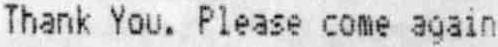
THANK YOU. PLEASE COME AGAIN